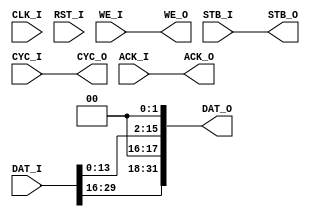
`timescale 1ns / 1ps
//////////////////////////////////////////////////////////////////////////////////
// Company: 
// Engineer: 
// 
// Design Name: 
// Module Name:    Ch_Sim1 
// Project Name: 
// Target Devices: 
// Tool versions: 
// Description: 
//
// Dependencies: 
//
// Revision: 
// Revision 0.01 - File Created
// Additional Comments: 
//
//////////////////////////////////////////////////////////////////////////////////
module Ch_Sim1(
	input 			CLK_I, RST_I,
	input [31:0] 	DAT_I,
	input 			WE_I, STB_I, CYC_I,
	output			ACK_O,
	
	output [31:0]	DAT_O,
	output 			CYC_O, STB_O,
	output 			WE_O,
	input				ACK_I	
    );
/*
always @(posedge CLK_I) begin
	if(RST_I) begin 
		DAT_O <= 32'd0;
		CYC_O <= 1'b0;
		WE_O	<= 1'b0;
		STB_O <= 1'b0;
		end
	else begin
		DAT_O <= DAT_I;
		CYC_O <= CYC_I;
		WE_O	<= WE_I;
		STB_O <= STB_I;
		end		
end*/
//assign DAT_O = {DAT_I[31],DAT_I[31],DAT_I[31:18],DAT_I[15],DAT_I[15],DAT_I[15:2]};
//assign DAT_O = DAT_I;
assign DAT_O = {DAT_I[29:16],2'd0,DAT_I[13:0],2'd0};
assign CYC_O = CYC_I;
assign WE_O	 = WE_I;
assign STB_O = STB_I;
assign ACK_O = ACK_I;

endmodule